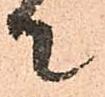
て